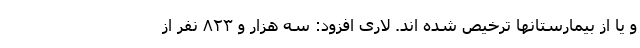
و یا از بیمارستانها ترخیص شده اند. لاری افزود: سه هزار و ۸۲۳ نفر از